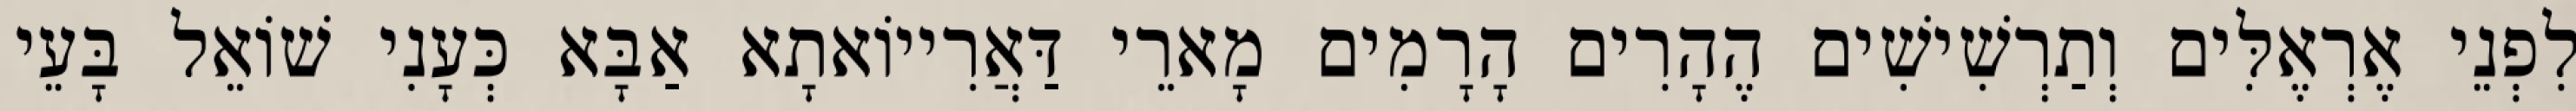
לִפְנֵי אֶרְאֶלִּים וְתַרְשִׁישִׁים הֶהָרִים הָרָמִים מָארֵי דַּאֲרִייוֹאתָא אַבָּא כְּעָנִי שׁוֹאֵל בָּעֵי